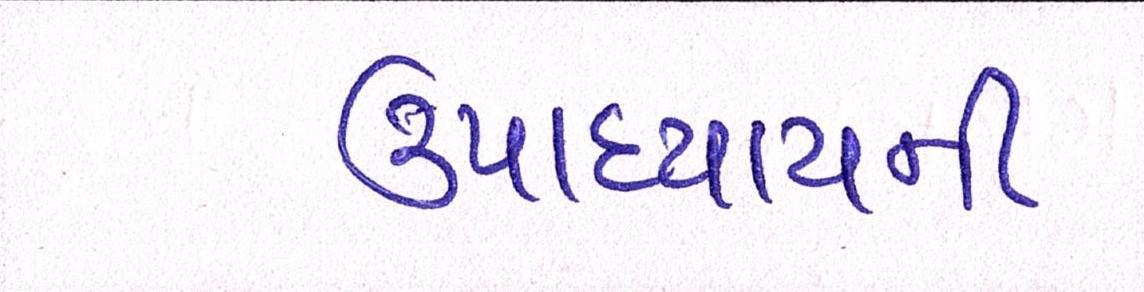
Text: ઉપાધ્યાયની